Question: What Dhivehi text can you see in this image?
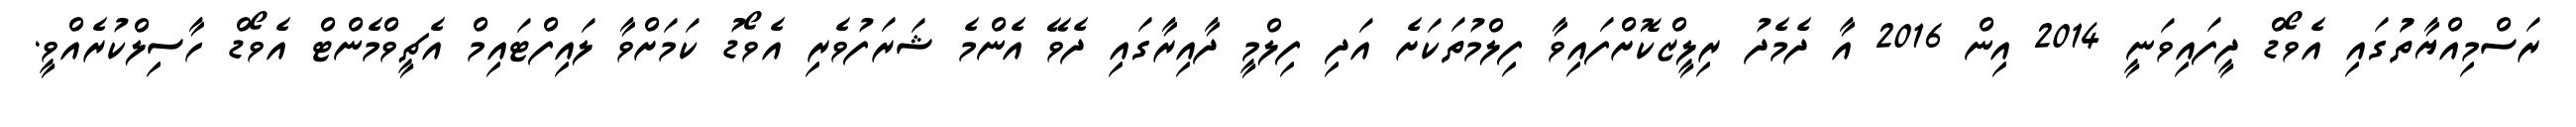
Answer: ރަސްމިއްޔާތުުގައި އެވޯޑް ދީފައިވަނީ 2014 އިން 2016 އާ ދެމެދު ރިލީޒްކޮށްފައިވާ ފިލްމުތަކަށެ އަދި ފިލްމީ ދާއިރާގައި ދެވޭ އެންމެ ޝަރަފުވެރި އެވޯޑު ކަމަށްވާ ލައިފްޓައިމް އެޗީވްމެންޓް އެވޯޑް ހާސިލްކުރެއްވީ.